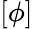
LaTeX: [\phi]